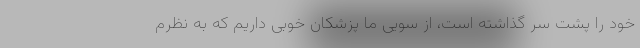
خود را پشت سر گذاشته است، از سویی ما پزشکان خوبی داریم که به نظرم